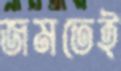
জমতেই